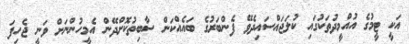
އަކީ ޓީމުގެ އުއްމީދުތަކުގައި ކުލަޖައްސައިދެވޭ ފެންބަރުގެ ބައެއްކަން ސާބިތުކޮށްދޭން އެމީހުންނަށް ވަނީ ޖެހިފަ